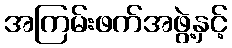
အကြမ်းဖက်အဖွဲ့နှင့်